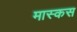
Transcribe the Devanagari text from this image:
मास्कस